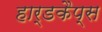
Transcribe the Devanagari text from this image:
हार्डकैप्स